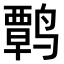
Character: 𫜃